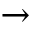
\, \to